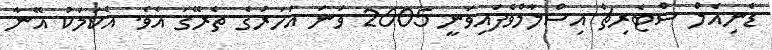
ޑެނިއެލް ސްޓެރިޗް އިސްލާމްވެފައިވަނީ 2005 ވަނަ އަހަރުގެ ތެރޭގަ އެވެ. އެކަމަކު އޭނާ